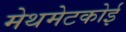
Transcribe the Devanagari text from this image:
मेथमेटकोई